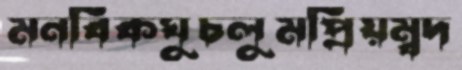
মনবিকঘুচলুমপ্রিয়ম্বদ